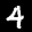
Label: 4